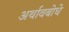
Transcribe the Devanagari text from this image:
अर्थावबोधे